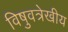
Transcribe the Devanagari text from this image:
विषुवत्रेखीय